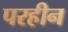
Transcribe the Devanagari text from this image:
परहीन